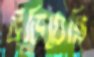
উড়িয়েছি